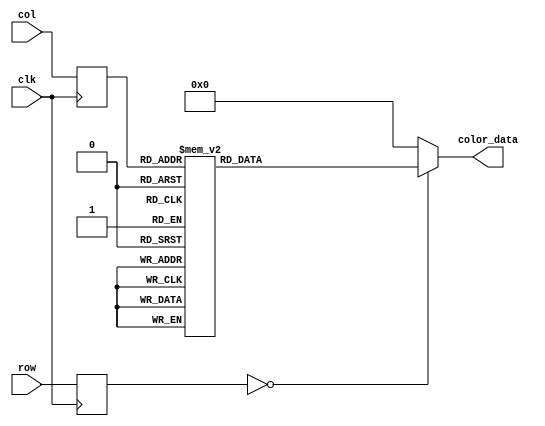
module bomb_rom
	(
		input wire clk,
		input wire [4:0] row,
		input wire [4:0] col,
		output reg [11:0] color_data
	);

	(* rom_style = "block" *)

	//signal declarations
	reg [4:0] row_reg;
	reg [4:0] col_reg;

	always @(posedge clk)
		begin
		row_reg <= row;
		col_reg <= col;
		end

always @*
    case ({row_reg, col_reg})
        10'b0000000000: color_data = 12'b011011001100;
        10'b0000000001: color_data = 12'b100001110111;
        10'b0000000010: color_data = 12'b011011001100;
        10'b0000000011: color_data = 12'b011011001100;
        10'b0000000100: color_data = 12'b100001110111;
        10'b0000000101: color_data = 12'b100001110111;
        10'b0000000110: color_data = 12'b011011001100;
        10'b0000000111: color_data = 12'b011011001100;
        10'b0000001000: color_data = 12'b100001110111;
        10'b0000001001: color_data = 12'b100001110111;
        10'b0000001010: color_data = 12'b100001110111;
        10'b0000001011: color_data = 12'b011011001100;
        10'b0000001100: color_data = 12'b011011001100;
        10'b0000001101: color_data = 12'b011011001100;
        10'b0000001110: color_data = 12'b100001110111;
        10'b0000001111: color_data = 12'b100001110111;
        10'b0000010000: color_data = 12'b100001110111;
		
		default: color_data = 12'b000000000000;
	endcase
endmodule